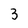
Character: 3